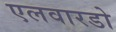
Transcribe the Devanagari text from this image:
एलवारडो